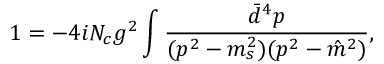
1 = - 4 i N _ { c } g ^ { 2 } \int \frac { \bar { d } ^ { 4 } p } { ( p ^ { 2 } - m _ { s } ^ { 2 } ) ( p ^ { 2 } - \hat { m } ^ { 2 } ) } ,